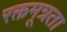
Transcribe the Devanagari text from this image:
रक्तमूत्रता